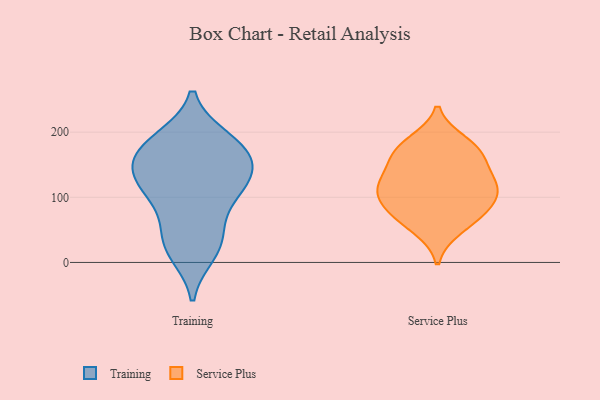
{"axis": {"x": "Page Views", "y": "Value"}, "legend": ["Service Plus", "Training"], "data": [{"x": "", "y": 182, "type": "Training"}, {"x": "", "y": 20, "type": "Training"}, {"x": "", "y": 142, "type": "Training"}, {"x": "", "y": 97, "type": "Training"}, {"x": "", "y": 190, "type": "Training"}, {"x": "", "y": 119, "type": "Training"}, {"x": "", "y": 170, "type": "Training"}, {"x": "", "y": 107, "type": "Training"}, {"x": "", "y": 153, "type": "Training"}, {"x": "", "y": 45, "type": "Training"}, {"x": "", "y": 149, "type": "Training"}, {"x": "", "y": 14, "type": "Training"}, {"x": "", "y": 146, "type": "Training"}, {"x": "", "y": 189, "type": "Training"}, {"x": "", "y": 41, "type": "Training"}, {"x": "", "y": 107, "type": "Training"}, {"x": "", "y": 91, "type": "Service Plus"}, {"x": "", "y": 119, "type": "Service Plus"}, {"x": "", "y": 72, "type": "Service Plus"}, {"x": "", "y": 170, "type": "Service Plus"}, {"x": "", "y": 78, "type": "Service Plus"}, {"x": "", "y": 113, "type": "Service Plus"}, {"x": "", "y": 184, "type": "Service Plus"}, {"x": "", "y": 171, "type": "Service Plus"}, {"x": "", "y": 52, "type": "Service Plus"}, {"x": "", "y": 124, "type": "Service Plus"}, {"x": "", "y": 113, "type": "Service Plus"}, {"x": "", "y": 154, "type": "Service Plus"}]}